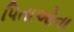
પિતાઓના